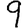
Digit: 9